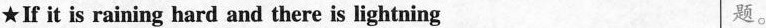
★If it is raining hard and there is lightning 题。